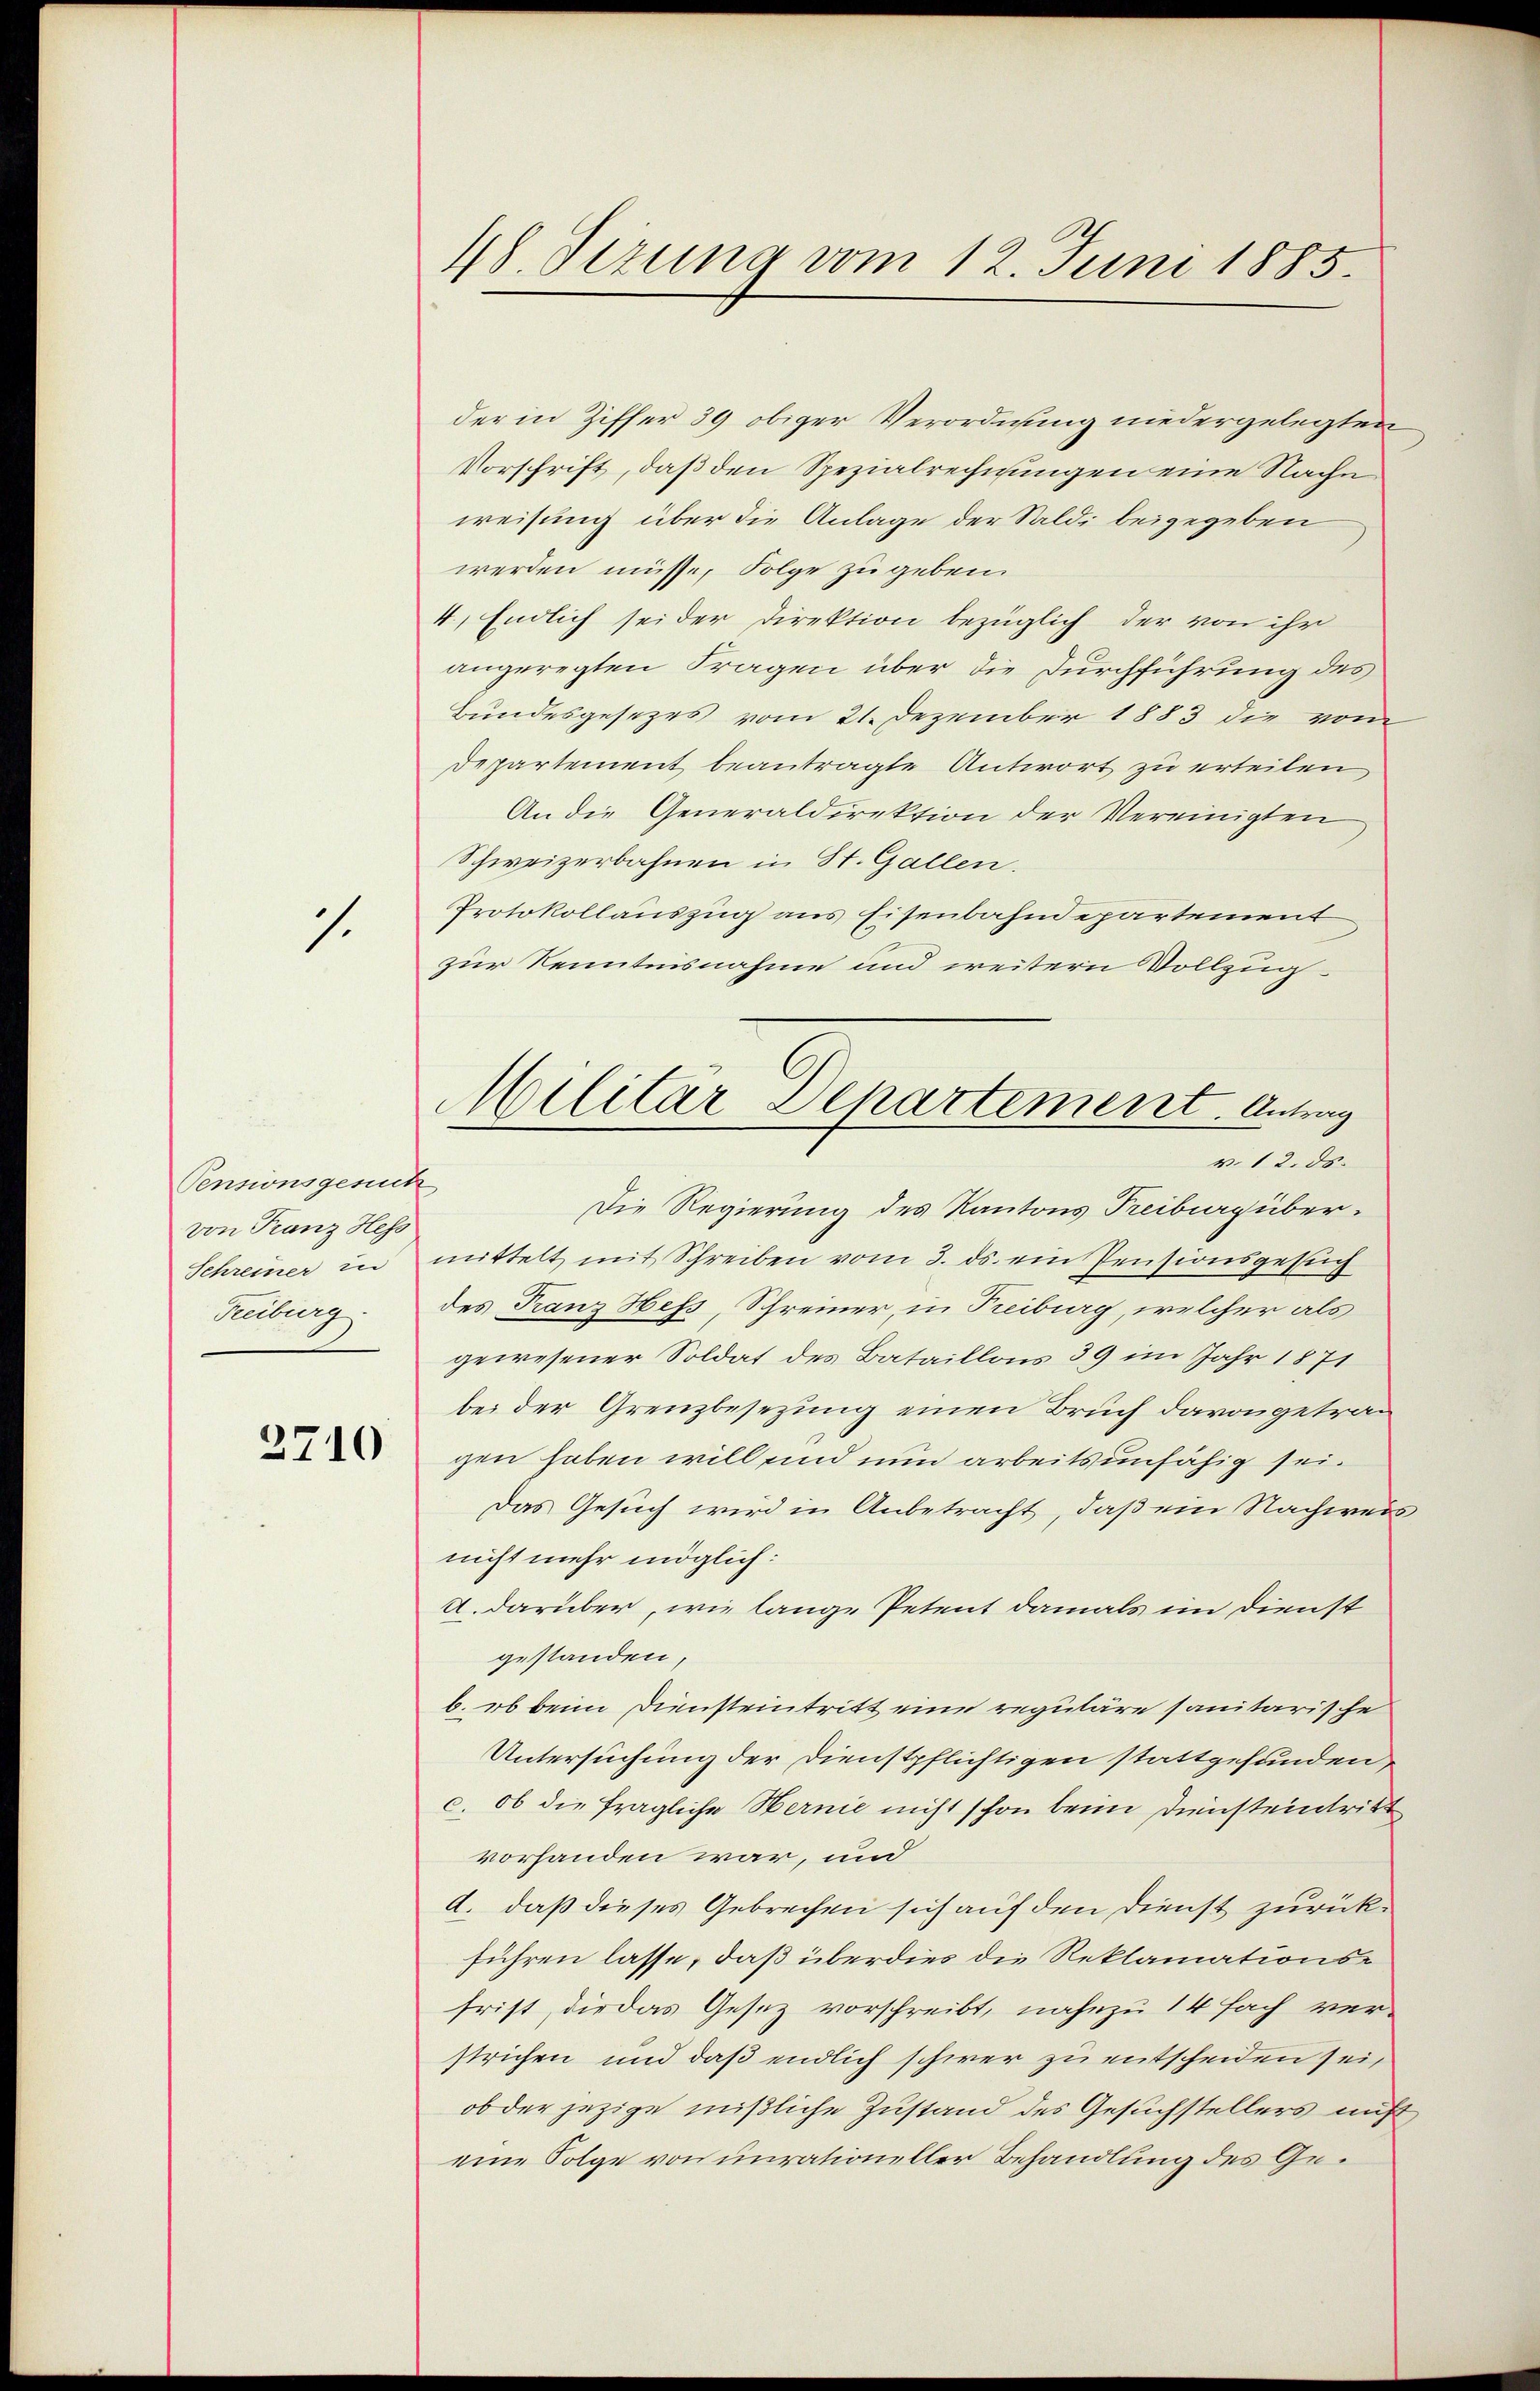
1

Pensionsgesuch
von Franz Hess
Schreiner in
Treiburg.

2710

48. Pezuna vom 12. Juni 1885.

der in Ziffer 39 obiger Verordnung niedergelegten
Vorschrift, daß den Spezialrechnungen eine Nachn
weisung über die Anlage der Saldi beigegeben
werden müsse, Folge zu geben.
4) Endlich sei der Direktion bezüglich der von ihr
angeregten Fragen über die Durchführung des
Bundesgesezes vom 21. Dezember 1883 die vom
Departement beantragte Antwort zu erteilen,
An die Generaldirektion der Vereinigten
Schweizerbahnen in St. Gallen.
Protokollauszug aus Eisenbahndepartement
zur Kenntnisnahme und weitern Vollzug
Die Regierung des Kantons Treiburg übermittelt mit Schreiben vom 3. ds. ein Pensionsgesuch
des Franz Hess, Schreiner, in Treiburg, welcher als
gewesener Soldat des Bataillons 39 im Jahr 1871
bei der Grenzbesezung einen Bruch davongetrau
gen haben will und nun arbeitsunfähig sei.
Das Gesuch wird in Anbetracht, daß ein Nachweis
nicht mehr möglich:
A. darüber, wie lange Petent damals im Dienst
gestanden,
b. ob beim Diensteintritt eine reguläre sanitarische
Untersuchung der Dienstpflichtigen stattgefunden,
c. ob die fragliche Wernie nicht schon beim Diensteintritt
vorhanden war, und
d. daß dieses Gebrechen sich auf den Dienst zurückführen lasse, daß überdies die Reklamationsfrist, die das Gesetz vorschreibt, nahezu 14 Fach ver-
strichen und daß endlich schwer zu entscheiden sei,
ob der jezige mißliche Zustand des Gesuchstellers nicht
eine Folge von unrationeller Behandlung des Ge¬

Militar Departement. Antrag
v. 12. ds.